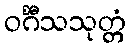
ဝင်္ဂီသသုတ္တံ